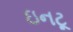
ઇનટૂ